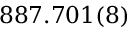
8 8 7 . 7 0 1 ( 8 )